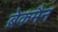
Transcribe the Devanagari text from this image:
ब्रेकमैन